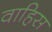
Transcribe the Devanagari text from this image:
वाहिस